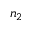
n _ { 2 }